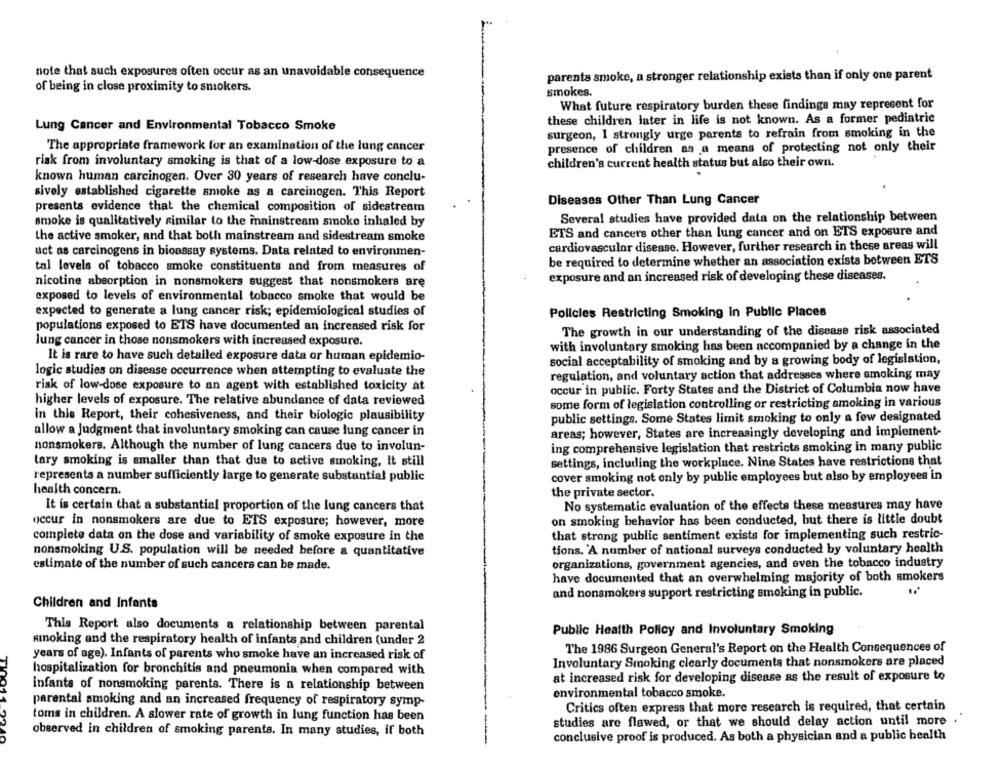
note that such exposures often occur as an unavoidable consequence
parents smoke, a stronger relationship exists than if only one parent
of being in close proximity to smokers.
smokes.
What future respiratory burden these findings may represent for
these children later in life is not known. As a former pediatric
Lung Cancer and Environmental Tobacco Smoke
surgeon, I strongly urge parents to refrain from smoking in the
The appropriate framework for an examination of the lung cancer
presence of children as a means of protecting not only their
risk from involuntary smoking is that of a low-dose exposure to a
children's current health status but also their own.
known human carcinogen. Over 30 years of research have conclu-
sively established cigarette smoke as a carcinogen. This Report
presents evidence that the chemical composition of sidestream
Diseases Other Than Lung Cancer
smoke is qualitatively similar to the mainstream smoke inhaled by
Several studies have provided data on the relationship between
the active smoker, and that both mainstream and sidestream smoke
ETS and cancers other than lung cancer and on ETS exposure and
cardiovascular disease. However, further research in these areas will
act as carcinogens in bioassay systems. Data related to environmen-
be required to determine whether an association exists between ETS
tal levels of tobacco smoke constituents and from measures of
exposure and an increased risk of developing these diseases.
nicotine absorption in nonsmokers suggest that nonsmokers are
exposed to levels of environmental tobacco smoke that would be
expected to generate a lung cancer risk; epidemiological studies of
Policies Restricting Smoking in Public Places
populations exposed to ETS have documented an increased risk for
The growth in our understanding of the disease risk associated
lung cancer in those nonsmokers with increased exposure.
with involuntary smoking has been accompanied by a change in the
It is rare to have such detailed exposure data or human epidemio-
social acceptability of smoking and by a growing body of legislation,
logic studies on disease occurrence when attempting to evaluate the
regulation, and voluntary action that addresses where smoking may
risk of low-dose exposure to an agent with established toxicity at
occur in public. Forty States and the District of Columbia now have
higher levels of exposure. The relative abundance of data reviewed
some form of legislation controlling or restricting smoking in various
in this Report, their cohesiveness, and their biologic plausibility
public settings. Some States limit smoking to only a few designated
allow a judgment that involuntary smoking can cause lung cancer in
areas; however, States are increasingly developing and implement-
nonsmokers. Although the number of lung cancers due to involun-
ing comprehensive legislation that restricts smoking in many public
tary smoking is smaller than that due to active smoking, it still
settings, including the workplace. Nine States have restrictions that
cover smoking not only by public employees but also by employees in
represents a number sufficiently large to generate substantial public
health concern.
the private sector.
It is certain that a substantial proportion of the lung cancers that
No systematic evaluation of the effects these measures may have
occur in nonsmokers are due to ETS exposure; however, more
on smoking behavior has been conducted, but there is little doubt
complete data on the dose and variability of smoke exposure in the
that strong public sentiment exists for implementing such restric-
nonsmoking U.S. population will be needed before a quantitative
tions. 'A number of national surveys conducted by voluntary health
estimate of the number of such cancers can be made.
organizations, government agencies, and even the tobacco industry
have documented that an overwhelming majority of both smokers
and nonsmokers support restricting smoking in public.
Children and Infants
This Report also documents a relationship between parental
Public Health Policy and Involuntary Smoking
kinoking and the respiratory health of infants and children (under 2
The 1986 Surgeon General's Report on the Health Consequences of
years of age). Infants of parents who smoke have an increased risk of
Involuntary Smoking clearly documents that nonsmokers are placed
hospitalization for bronchitis and pneumonia when compared with
at increased risk for developing disease as the result of exposure to
infants of nonsmoking parents. There is a relationship between
environmental tobacco smoke.
parental smoking and an increased frequency of respiratory symp-
Critics often express that more research is required, that certain
toms in children. A slower rate of growth in lung function has been
studies are flawed, or that we should delay action until more
observed in children of smoking parents. In many studies, if both
conclusive proof is produced. As both a physician and a public health